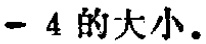
$-4$的大小。